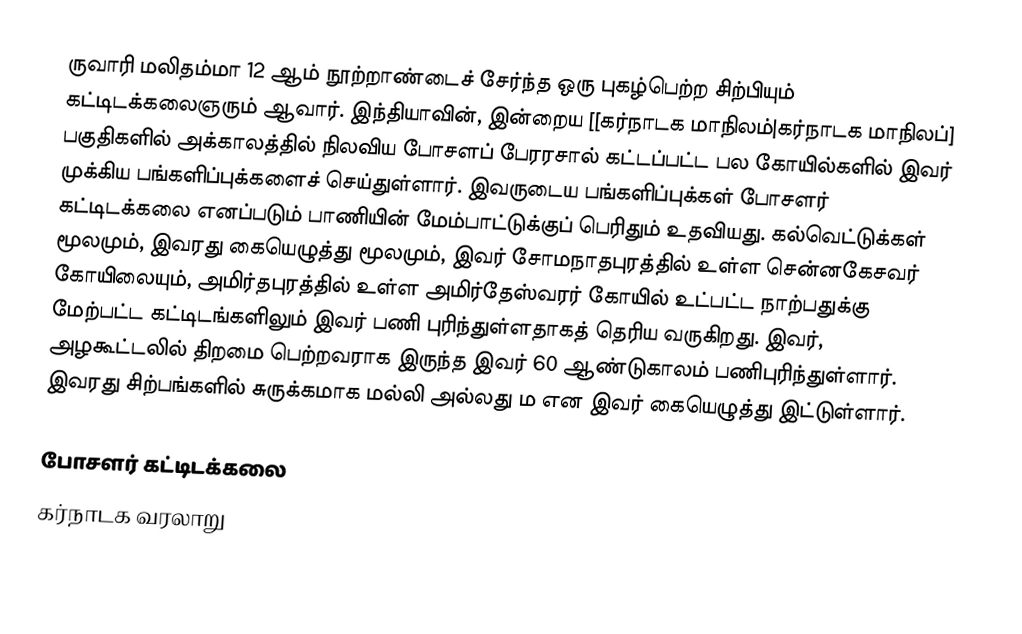
ருவாரி மலிதம்மா 12 ஆம் நூற்றாண்டைச் சேர்ந்த ஒரு புகழ்பெற்ற சிற்பியும் கட்டிடக்கலைஞரும் ஆவார். இந்தியாவின், இன்றைய [[கர்நாடக மாநிலம்|கர்நாடக மாநிலப்] பகுதிகளில் அக்காலத்தில் நிலவிய போசளப் பேரரசால் கட்டப்பட்ட பல கோயில்களில் இவர் முக்கிய பங்களிப்புக்களைச் செய்துள்ளார். இவருடைய பங்களிப்புக்கள் போசளர் கட்டிடக்கலை எனப்படும் பாணியின் மேம்பாட்டுக்குப் பெரிதும் உதவியது. கல்வெட்டுக்கள் மூலமும், இவரது கையெழுத்து மூலமும், இவர் சோமநாதபுரத்தில் உள்ள சென்னகேசவர் கோயிலையும், அமிர்தபுரத்தில் உள்ள அமிர்தேஸ்வரர் கோயில் உட்பட்ட நாற்பதுக்கு மேற்பட்ட கட்டிடங்களிலும் இவர் பணி புரிந்துள்ளதாகத் தெரிய வருகிறது. இவர், அழகூட்டலில் திறமை பெற்றவராக இருந்த இவர் 60 ஆண்டுகாலம் பணிபுரிந்துள்ளார். இவரது சிற்பங்களில் சுருக்கமாக மல்லி அல்லது ம என இவர் கையெழுத்து இட்டுள்ளார்.

போசளர் கட்டிடக்கலை
கர்நாடக வரலாறு